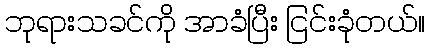
ဘုရားသခင်ကို အာခံပြီး ငြင်းခုံတယ်။